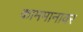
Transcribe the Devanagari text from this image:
काममानावर